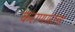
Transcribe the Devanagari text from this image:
कराणारांना